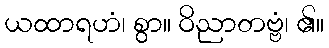
ယထာရဟံ၊ စွာ။ ဝိညာတဗ္ဗံ၊ ၏။